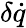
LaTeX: \delta\dot{q}